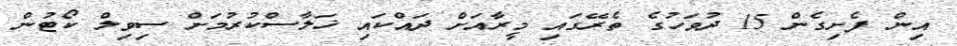
އިން ފެށިގެން 15 ދުވަހުގެ ތެރޭގައި މީރާއަށް ދައްކައި ޚަލާސްކުރުމަށް ސިވިލް ކޯޓުން